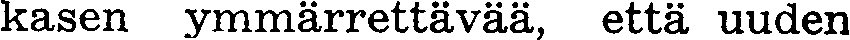
kasen ymmärrettävää, että uuden